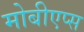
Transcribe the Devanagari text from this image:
मोबीएप्स